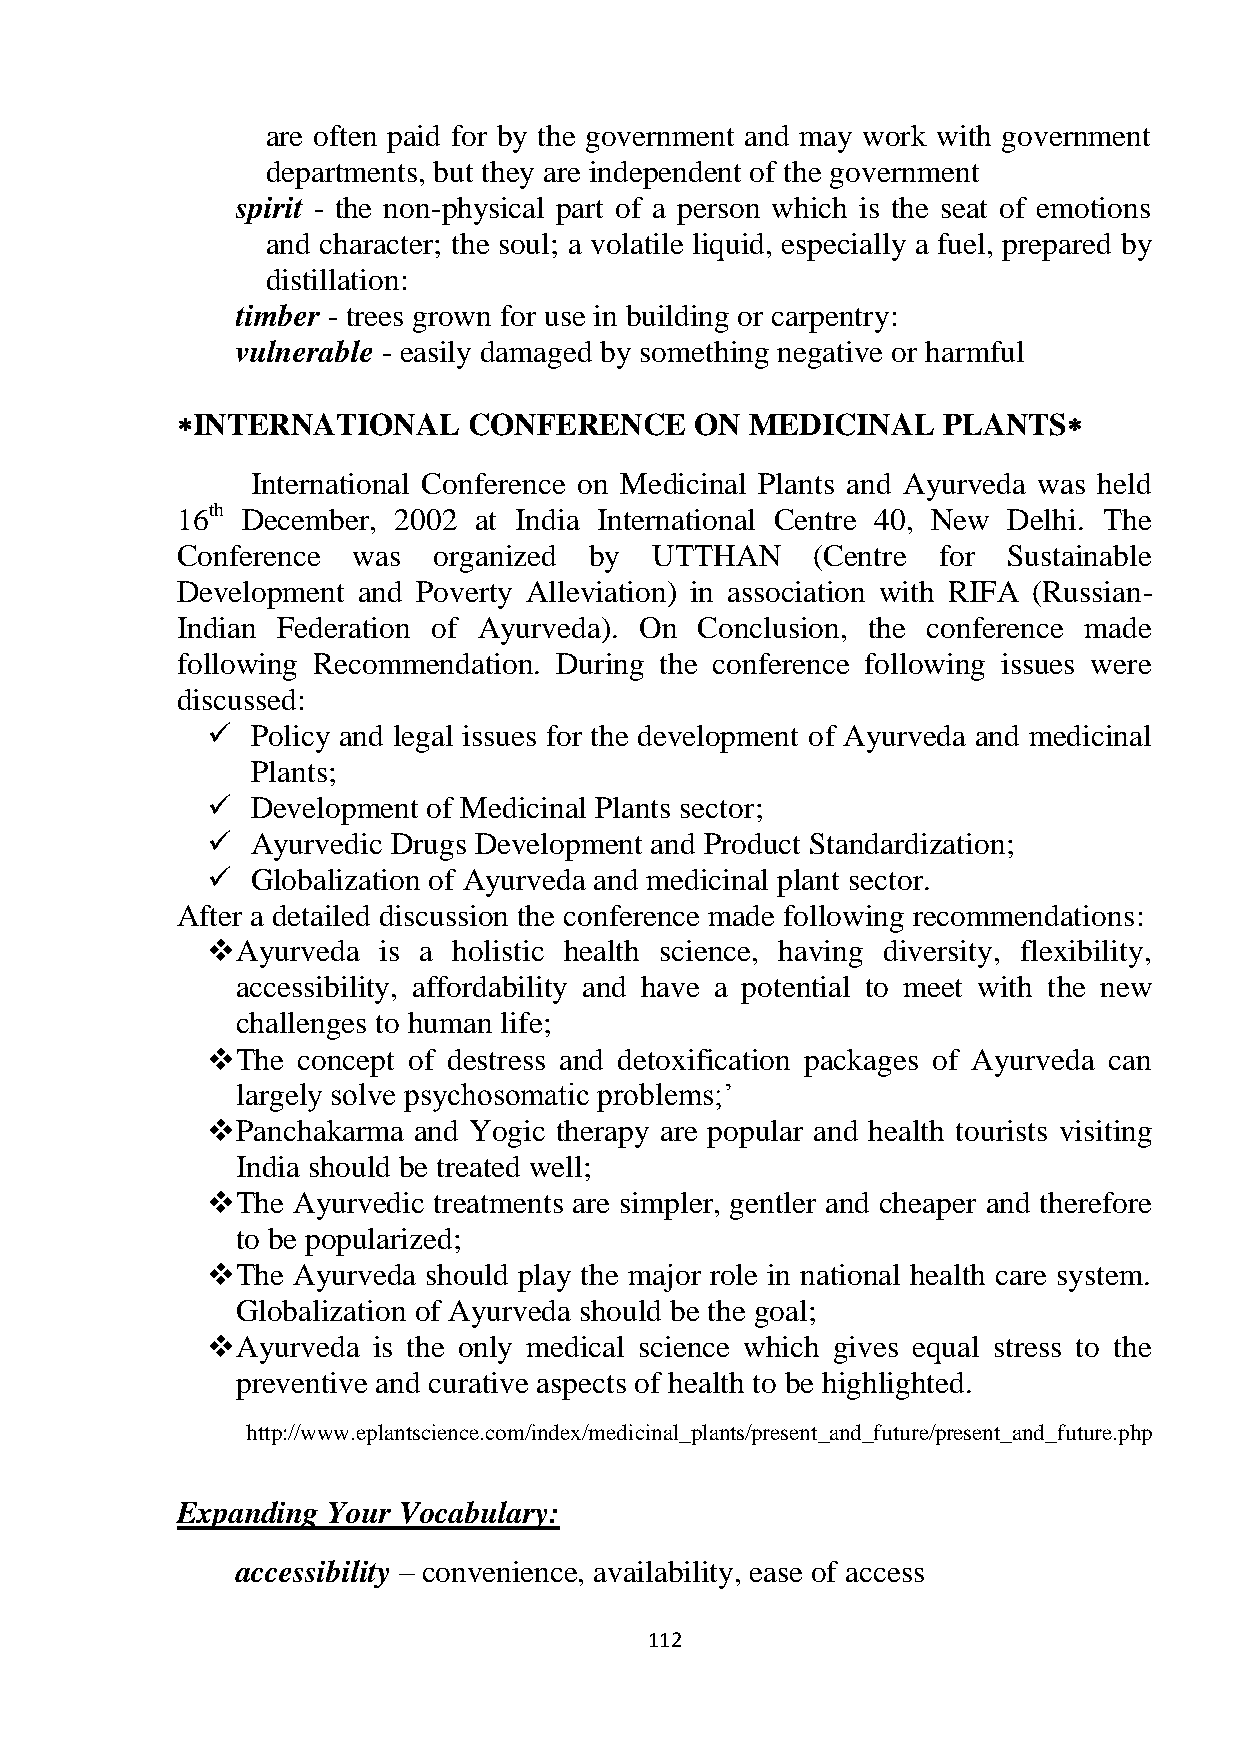
are often paid for by the government and may work with government
 departments, but they are independent of the government
 spirit - the non-physical part of a person which is the seat of emotions
 and character; the soul; a volatile liquid, especially a fuel, prepared by
 distillation:
 timber - trees grown for use in building or carpentry:
 vulnerable - easily damaged by something negative or harmful
 INTERNATIONAL     CONFERENCE     ON  MEDICINAL   PLANTS
 International Conference on Medicinal Plants and Ayurveda was held
 16th December, 2002 at India International Centre 40, New Delhi. The
 Conference was   organized by  UTTHAN     (Centre for  Sustainable
 Development and Poverty Alleviation) in association with RIFA (Russian-
 Indian Federation of Ayurveda). On Conclusion, the conference made
 following Recommendation. During the conference following issues were
 discussed:
   Policy and legal issues for the development of Ayurveda and medicinal
 Plants;
   Development of Medicinal Plants sector;
   Ayurvedic Drugs Development and Product Standardization;
   Globalization of Ayurveda and medicinal plant sector.
 After a detailed discussion the conference made following recommendations:
  Ayurveda is a holistic health science, having diversity, flexibility,
 accessibility, affordability and have a potential to meet with the new
 challenges to human life;
  The concept of destress and detoxification packages of Ayurveda can
 largely solve psychosomatic problems;‘
  Panchakarma and Yogic therapy are popular and health tourists visiting
 India should be treated well;
  The Ayurvedic treatments are simpler, gentler and cheaper and therefore
 to be popularized;
  The Ayurveda should play the major role in national health care system.
 Globalization of Ayurveda should be the goal;
  Ayurveda is the only medical science which gives equal stress to the
 preventive and curative aspects of health to be highlighted.
 http://www.eplantscience.com/index/medicinal_plants/present_and_future/present_and_future.php
 Expanding Your Vocabulary:
 accessibility – convenience, availability, ease of access
 112